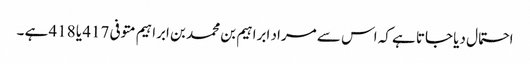
احتمال دیا جاتا ہے کہ اس سے مراد ابراہیم بن محمد بن ابراہیم متوفی 417 یا 418 ہے ۔